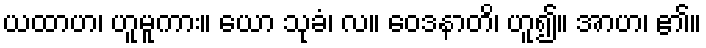
ယထာဟ၊ ဟူမူကား။ ယော သုခံ၊ လ။ ဝေဒနာတိ၊ ဟူ၍။ အာဟ၊ ၏။